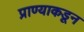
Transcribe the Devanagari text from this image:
प्राण्याकडून